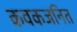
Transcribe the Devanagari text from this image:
कवकजनित